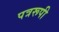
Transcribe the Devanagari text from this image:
पत्ररूपी